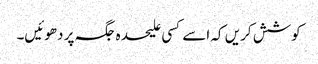
کوشش کریں کہ اسے کسی علیحدہ جگہ پر دھوئیں۔